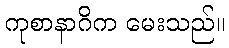
ကုစာနာဂိက မေးသည်။